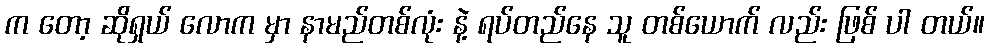
က တော့ ဆိုရှယ် လောက မှာ နာမည်တစ်လုံး နဲ့ ရပ်တည်နေ သူ တစ်ယောက် လည်း ဖြစ် ပါ တယ်။